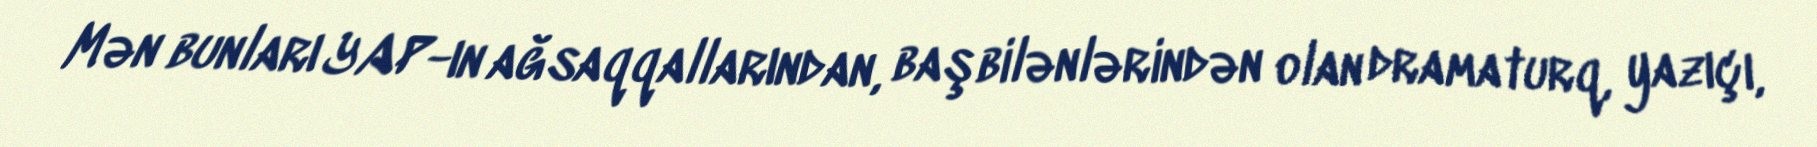
Mən bunları YAP-ın ağsaqqallarından, başbilənlərindən olan dramaturq, yazıçı,